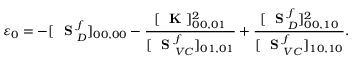
\varepsilon _ { 0 } = - [ \mathrm { ~ \bf ~ S ~ } _ { D } ^ { f } ] _ { 0 0 , 0 0 } - \frac { [ \mathrm { ~ \bf ~ K ~ } ] _ { 0 0 , 0 1 } ^ { 2 } } { [ \mathrm { ~ \bf ~ S ~ } _ { V C } ^ { f } ] _ { 0 1 , 0 1 } } + \frac { [ \mathrm { ~ \bf ~ S ~ } _ { D } ^ { f } ] _ { 0 0 , 1 0 } ^ { 2 } } { [ \mathrm { ~ \bf ~ S ~ } _ { V C } ^ { f } ] _ { 1 0 , 1 0 } } .